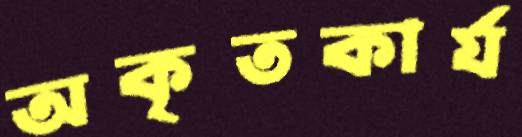
অকৃতকার্য